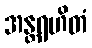
အန္တရဟိတံ